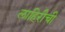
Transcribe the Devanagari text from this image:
लाहिरीची